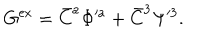
G ^ { \mathrm { e x } } = \bar { C } ^ { a } \Phi ^ { a } + \bar { C } ^ { 3 } \Psi ^ { 3 } .